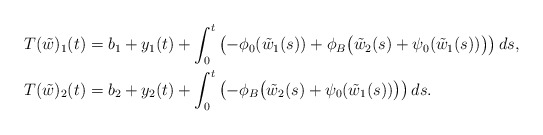
\begin{align*}T(\tilde{w})_1(t) &= b_1 + y_1(t) + \int_0^t\left(-\phi_0(\tilde{w}_1(s)) + \phi_B\big(\tilde{w}_2(s) + \psi_0(\tilde{w}_1(s))\big)\right)ds, \\T(\tilde{w})_2(t) &= b_2 + y_2(t) + \int_0^t\left(-\phi_B\big(\tilde{w}_2(s)+\psi_0(\tilde{w}_1(s))\big)\right)ds. \end{align*}